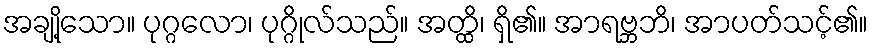
အချို့သော။ ပုဂ္ဂလော၊ ပုဂ္ဂိုလ်သည်။ အတ္ထိ၊ ရှိ၏။ အာရဗ္ဘဘိ၊ အာပတ်သင့်၏။